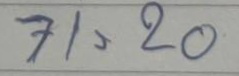
71 = 20